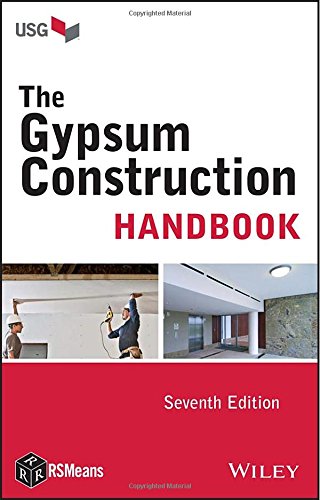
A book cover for The Gypsum Construction Handbook; USG; Engineering & Transportation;